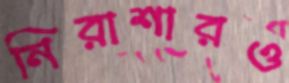
নিরাশারও